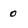
Character: 0